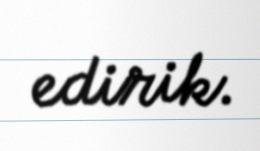
edirik.